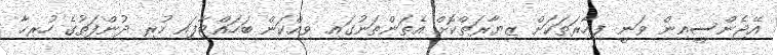
އޭޖެންސީއިން ވަނީ ފިހާރަތަކަށް ޒިޔާރަތްކޮށް އެތަންތަނުގައި ވިއްކަން ބަހައްޓާފައި ހުރި ދުންފަތުގެ ހުރިހާ